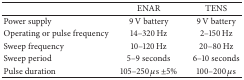
<table><thead><tr><td><b> </b></td><td><b>ENAR</b></td><td><b>TENS</b></td></tr></thead><tbody><tr><td>Power supply</td><td>9 V battery</td><td>9 V battery</td></tr><tr><td>Operating or pulse frequency</td><td>14–320 Hz</td><td>2–150 Hz</td></tr><tr><td>Sweep frequency</td><td>10–120 Hz</td><td>20–80 Hz</td></tr><tr><td>Sweep period</td><td>5–9 seconds</td><td>6–10 seconds</td></tr><tr><td>Pulse duration</td><td>105–250 <i>μ</i>s ±5%</td><td>100–200 <i>μ</i>s</td></tr></tbody></table>